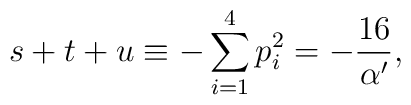
s+t+u\equiv-\sum_{i=1}^{4}p_{i}^{2}=-\frac{16}{\alpha^{\prime}},